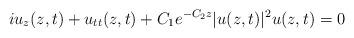
LaTeX: \begin{align*} iu_z(z,t)+ u_{tt}(z,t)+C_1e^{-C_2 z} |u(z,t)|^2u(z,t)=0\end{align*}